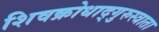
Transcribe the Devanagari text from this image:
शिवक्रोधाद्गुरुस्त्राता